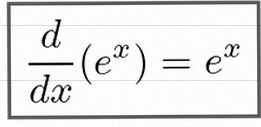
\frac{d}{dx}(e^x)=e^x